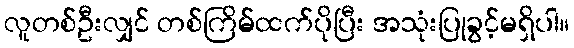
လူတစ်ဦးလျှင် တစ်ကြိမ်ထက်ပိုပြီး အသုံးပြုခွင့်မရှိပါ။